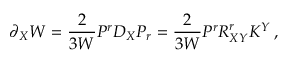
\partial _ { X } W = \frac { 2 } { 3 W } P ^ { r } D _ { X } P _ { r } = \frac { 2 } { 3 W } P ^ { r } { \cal R } _ { X Y } ^ { r } K ^ { Y } \, ,